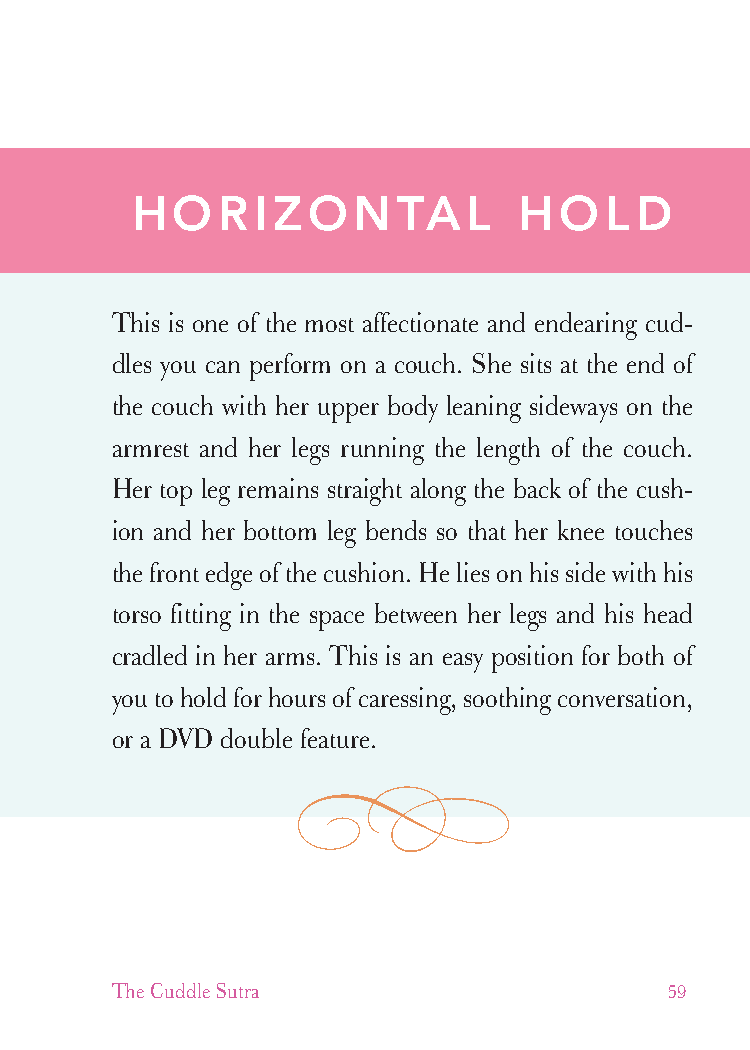
cudllesutra_internals1 7/16/07 2:50 PM Page 59
 HORIZONTAL               HOLD
 This is one of the most affectionate and endearing cud-
 dles you can perform on a couch. She sits at the end of
 the couch with her upper body leaning sideways on the
 armrest and her legs running the length of the couch.
 Her top leg remains straight along the back of the cush-
 ion and her bottom leg bends so that her knee touches
 the front edge of the cushion. He lies on his side with his
 torso fitting in the space between her legs and his head
 cradled in her arms. This is an easy position for both of
 you to hold for hours of caressing, soothing conversation,
 or a DVD double feature.
 The Cuddle Sutra                     59